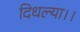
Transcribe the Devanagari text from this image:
दिधल्या।।